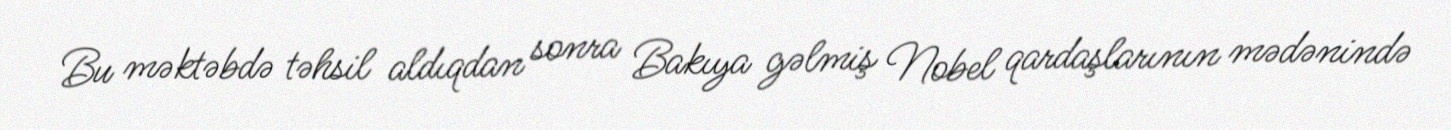
Bu məktəbdə təhsil aldıqdan sonra Bakıya gəlmiş Nobel qardaşlarının mədənində